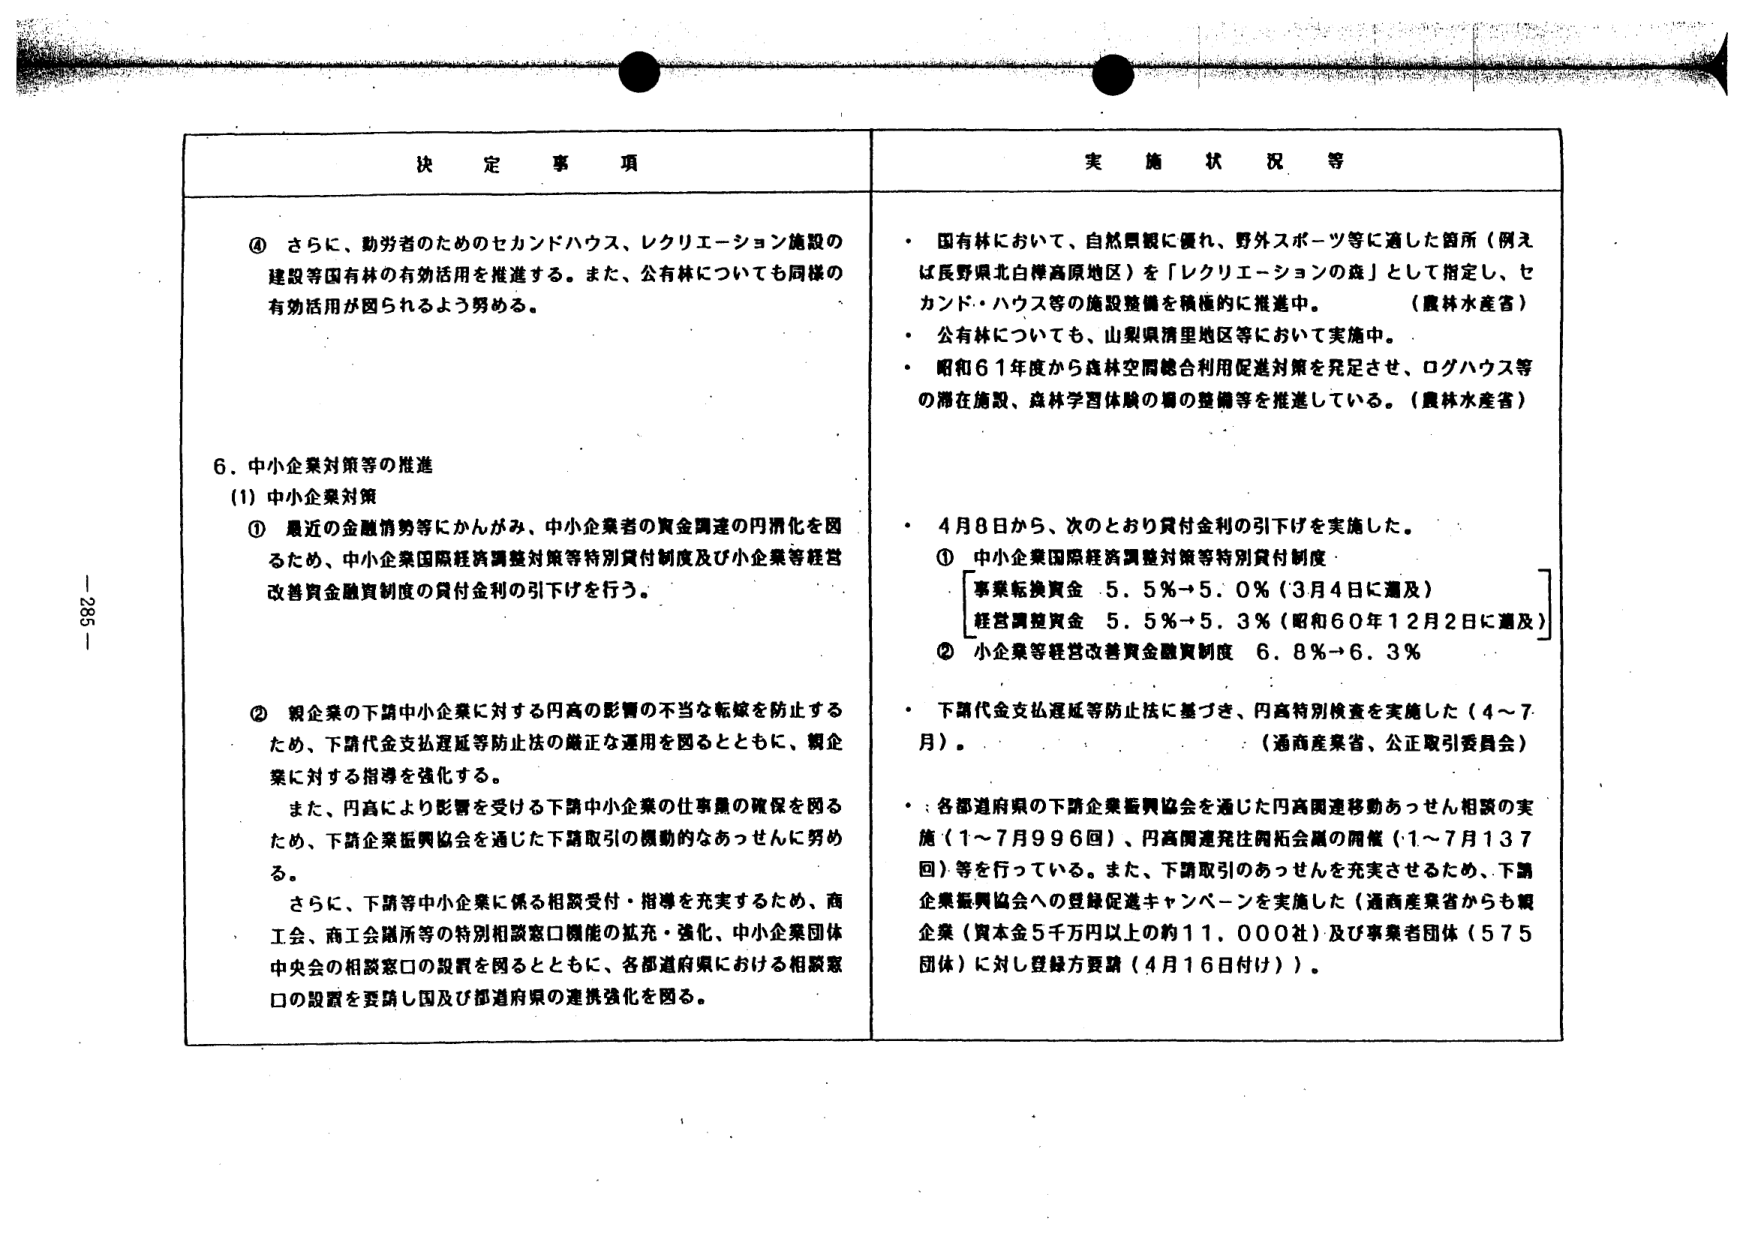
決 定 事 項

④ さらに、勤労者のためのセカンドハウス、レクリエーション施設の建設等国有林の有効活用を推進する。また、公有林についても同様の有効活用が図られるよう努める。

６．中小企業対策等の推進
（1）中小企業対策
① 最近の金融情勢等にかんがみ、中小企業者の資金調達の円滑化を図るため、中小企業国際経済調整対策等特別貸付制度及び小企業等経営改善資金融資制度の貸付金利の引下げを行う。

② 親企業の下請中小企業に対する円高の影響の不当な転嫁を防止するため、下請代金支払遅延等防止法の厳正な運用を図るとともに、親企業に対する指導を強化する。
　　また、円高により影響を受ける下請中小企業の仕事量の確保を図るため、下請企業振興協会を通じた下請取引の機動的なあっせんに努める。
　　さらに、下請等中小企業に係る相談受付・指導を充実するため、商工会、商工会議所等の特別相談窓口機能の拡充・強化、中小企業団体中央会の相談窓口の設置を図るとともに、各都道府県における相談窓口の設置を要請し国及び都道府県の連携強化を図る。

実 施 状 況 等

・ 国有林において、自然景観に優れ、野外スポーツ等に適した箇所（例えば長野県北白樺高原地区）を「レクリエーションの森」として指定し、セカンド・ハウス等の施設整備を積極的に推進中。（農林水産省）
・ 公有林についても、山梨県清里地区等において実施中。
・ 昭和６１年度から森林空間総合利用促進対策を発足させ、ログハウス等の滞在施設、森林学習体験の場の整備等を推進している。（農林水産省）

・ ４月８日から、次のとおり貸付金利の引下げを実施した。
　① 中小企業国際経済調整対策等特別貸付制度
　　　事業転換資金　５．５％→５．０％（３月４日に遡及）
　　　経営調整資金　５．５％→５．３％（昭和６０年１２月２日に遡及）
　② 小企業等経営改善資金融資制度　６．８％→６．３％

・ 下請代金支払遅延等防止法に基づき、円高特別検査を実施した（４～７月）。（通商産業省、公正取引委員会）

・ 各都道府県の下請企業振興協会を通じた円高関連移動あっせん相談の実施（１～７月９９６回）、円高関連発注斡旋会議の開催（１～７月１３７回）等を行っている。また、下請取引のあっせんを充実させるため、下請企業振興協会への登録促進キャンペーンを実施した（通商産業省からも親企業（資本金５千万円以上の約１１，０００社）及び事業者団体（５７５団体）に対し登録方要請（４月１６日付け））。

- 285 -